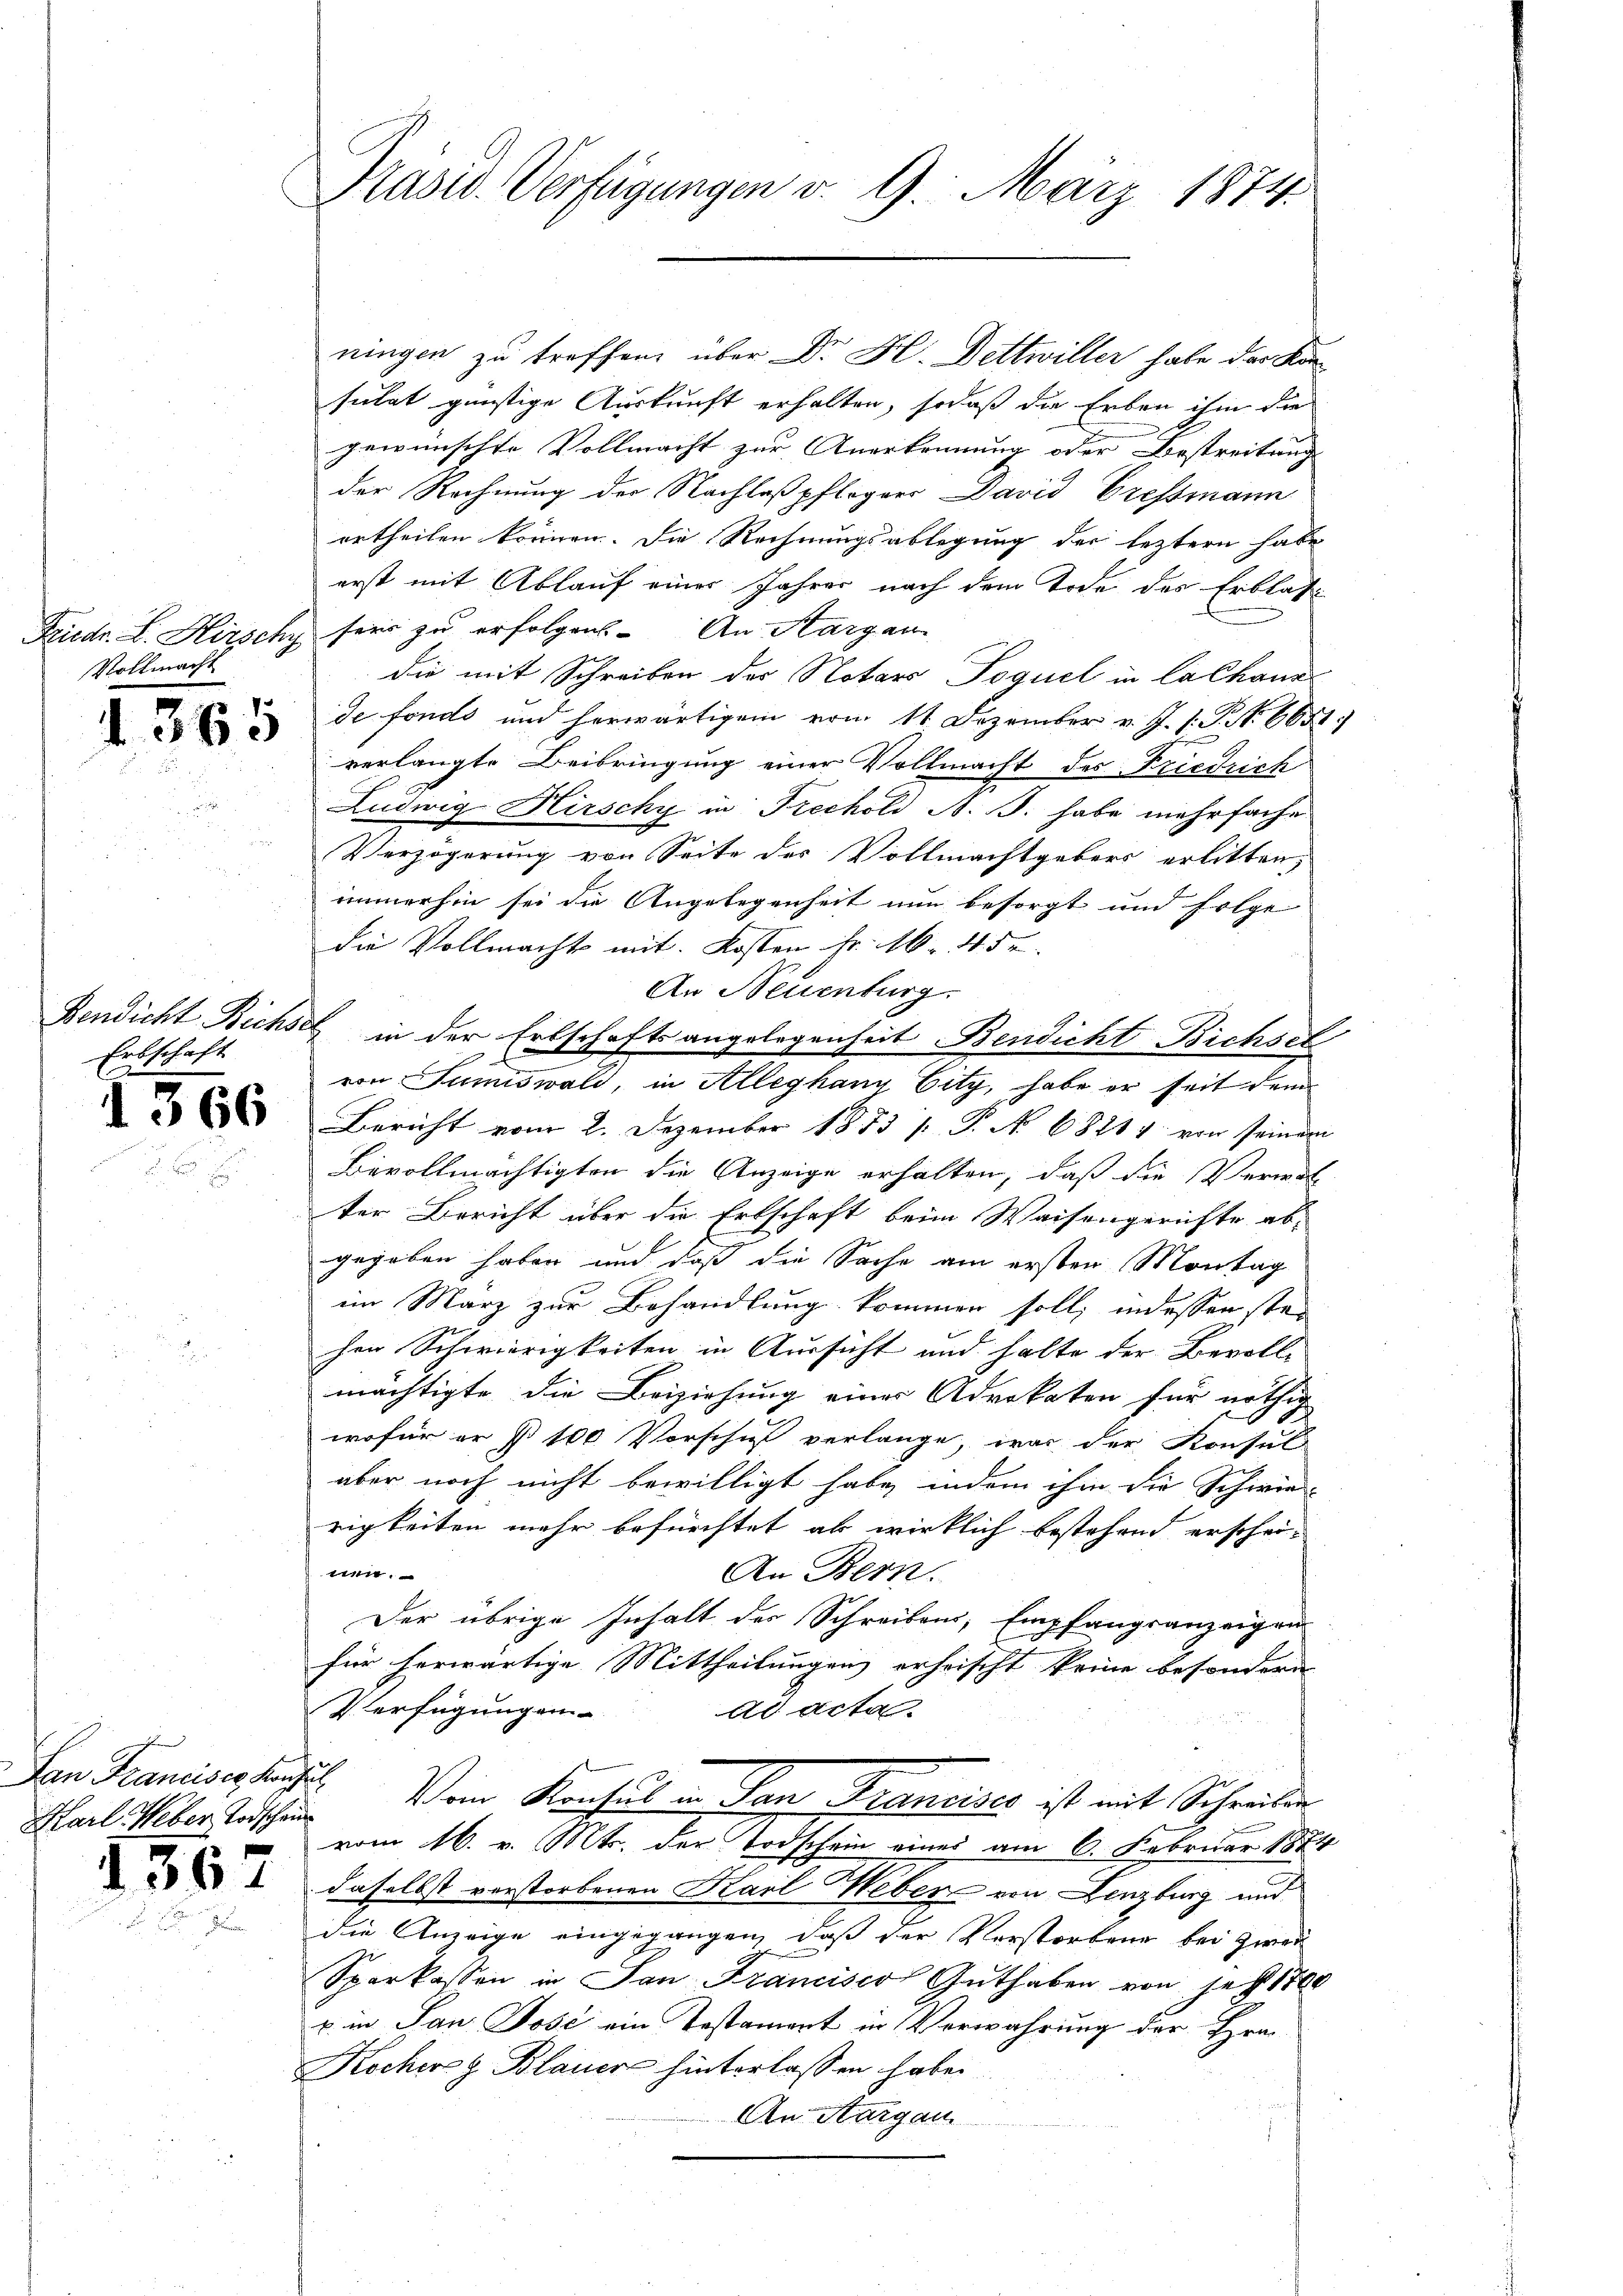
Vollmacht

1365

Erbschaft

1366

San Franciser Kaufstel
Harl Weber Todschein

1367

Präsid. Verfügungen v. 9. März 1874.

ningen zu treffen, über Dr. H. Bettwiller habe der Konsulat günstige Auskunft erhalten, sodaß die Erben ihm die
gewünschte Vollmacht zur Anerkennung oder Bestreitung
der Rechnung der Nachlaßpflogers David Tressmann
ertheilen können. Die Rechnungsablegung der leztern habe
erst mit Ablauf einer Jahres nach dem Tode des Erblät
Friedr. L. Kirschy sein zu erfolgen. An Aargau
die mit Schreiben des Notars Poquel in Cathaus
de fonds und herwärtigem vom 11. Dezember v. J. 1. P. S. 6651.
verlangte Beibringung einer Vollmacht des Friedrich
Ludwig Hirschy in Frechold N. J. habe mehrfache
Verzögerung von Seite des Vollmachtgebers erlitten,
immerhin sei die Angelegenheit nun besorgt und folge
die Vollmacht mit. Kosten Fr. M. 4 de
An Neuenburg.
2
Bericht vom 2. Dezember 1873 p. P. No 68211 von seinem
Bevollmächtigten die Anzeige erhalten, daß die Verwal
ter Bericht über die Erbschaft beim Waisengerichte ab-
gegeben haben und daß die Sache am ersten Montag
im März zur Behandlung kommen soll; indessen stei
hen Schwierigkeiten in Aussicht und halte der Bevoll-
mächtigte die Beiziehung einer Advokaten für nöthig
wofür er § 100 Vorschuß verlange, was der Konsul
aber noch nicht bewilligt habe, indem ihm die Schwie-
rigkeiten mehr befürchtet ab wirklich bestehend erschei-
nen.
An Bern.
Der übrige Inhalt der Schreibens, Empfangsanzeigen
für herwärtige Mittheilungen erheischt keine besondern
Verfügungen
ad acta
Vom Konsul in San Francises ist mit Schreiben
vom 16. v. Mts. der Todschein eines am 6. Februar 1874
daselbst verstorbenen Karl Weber von Lenzburg und
die Anzeige eingegangen, daß der Verstorbene bei zwei
Sparkassen in San Francisco Guthaben von jetzt 1800
p. in San Jose ein Testamiert in Verwahrung der Hrn.
Kocher Blauer hinterlassen habe.
An Aargau

Bendicht Bichsel in der Erbschaftsangelegenheit Bendicht Bichsf

von Sumiswald, in Alleghang Eity, habe er seit dem